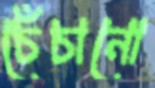
চেঁচানো